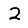
Digit: 2